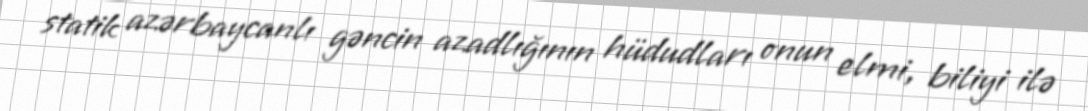
statik azərbaycanlı gəncin azadlığının hüdudları onun elmi, biliyi ilə